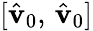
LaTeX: [\hat{\mathbf{v}}_{0},\, \hat{\mathbf{v}}_{0}]